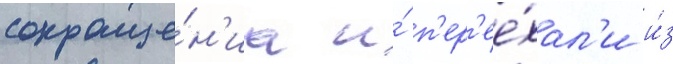
сокраще́н'иа и́ п'ер'ее́хал'и и́з